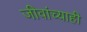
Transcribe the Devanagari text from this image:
जीवांच्याही